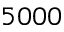
5 0 0 0